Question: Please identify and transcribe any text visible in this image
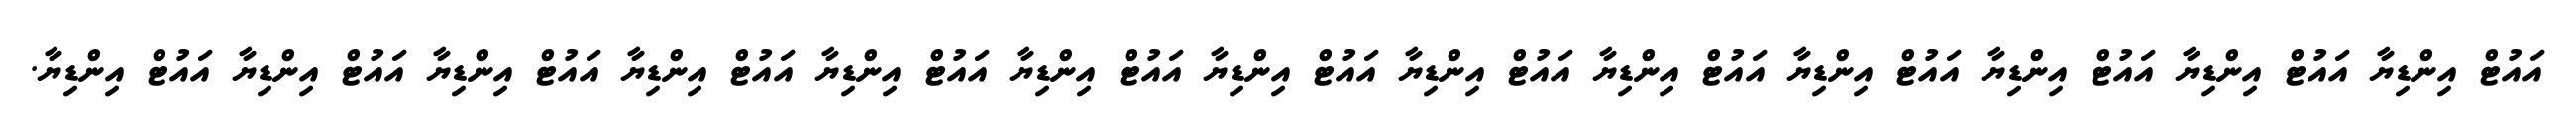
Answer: އައުޓް އިންޑިޔާ އައުޓް އިންޑިޔާ އައުޓް އިންޑިޔާ އައުޓް އިންޑިޔާ އައުޓް އިންޑިޔާ އައުޓް އިންޑިޔާ އައުޓް އިންޑިޔާ އައުޓް އިންޑިޔާ އައުޓް އިންޑިޔާ އައުޓް އިންޑިޔާ އައުޓް އިންޑިޔާ އައުޓް އިންޑިޔާ އައުޓް އިންޑިޔާ.